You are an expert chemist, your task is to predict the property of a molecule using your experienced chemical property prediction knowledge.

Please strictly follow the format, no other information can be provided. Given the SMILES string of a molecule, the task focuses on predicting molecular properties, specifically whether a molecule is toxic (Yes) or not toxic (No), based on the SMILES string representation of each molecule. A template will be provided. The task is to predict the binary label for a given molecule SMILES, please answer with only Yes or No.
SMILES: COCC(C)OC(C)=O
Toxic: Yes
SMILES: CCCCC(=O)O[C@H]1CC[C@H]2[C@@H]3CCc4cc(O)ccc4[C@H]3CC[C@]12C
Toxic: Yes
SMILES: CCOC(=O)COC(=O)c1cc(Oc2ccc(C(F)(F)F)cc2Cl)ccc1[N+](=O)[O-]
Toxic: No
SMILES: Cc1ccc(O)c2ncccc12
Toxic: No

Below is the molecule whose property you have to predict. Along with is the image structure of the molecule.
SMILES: CCCCCCCCCCCC[N+](C)(C)CCCS(=O)(=O)[O-]
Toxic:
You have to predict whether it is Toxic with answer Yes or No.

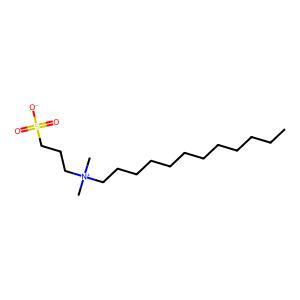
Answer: No